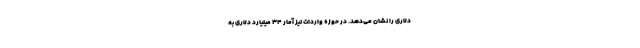
دلاری را نشان می‌دهد. در حوزه واردات نیز آمار ۳۴ میلیارد دلاری به